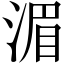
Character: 湄